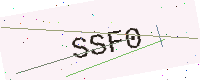
Text: SSF0